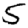
Digit: 5